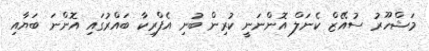
މަޝްހޫރު ސުއޭޒް ކެނަލް އޮންނަނީ ކުރިން ބުނި އެފްރިކާ ބައްރުގައި އޮންނަ ބަޔާއި